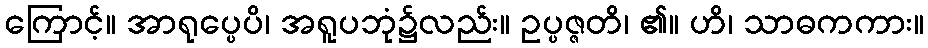
ကြောင့်။ အာရုပ္ပေပိ၊ အရူပဘုံ၌လည်း။ ဥပ္ပဇ္ဇတိ၊ ၏။ ဟိ၊ သာဓကကား။